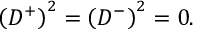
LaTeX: \left( D ^ { + } \right) ^ { 2 } = \left( D ^ { - } \right) ^ { 2 } = 0 .